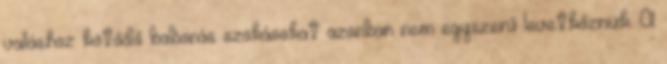
valláshoz kötődő babonás szokásokat azonban nem egyszerű levetkőzniük. A